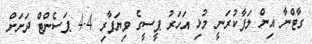
ގާޓްނާ އިން ލަފާކުރަނީ މުޅި އަހަރު ޕީސީގެ ވިޔަފާރި 4.4 ޕަސެންޓް ދަށަށް